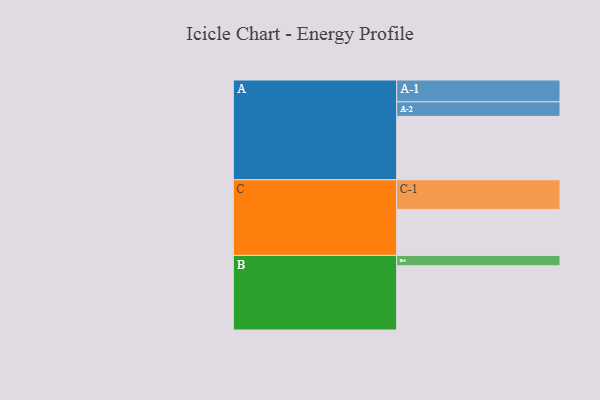
{"axis": {"x": "Segment", "y": "Value"}, "legend": ["", "A", "B", "C"], "data": [{"x": "A", "y": 549, "type": ""}, {"x": "B", "y": 556, "type": ""}, {"x": "C", "y": 398, "type": ""}, {"x": "A-1", "y": 189, "type": "A"}, {"x": "A-2", "y": 126, "type": "A"}, {"x": "B-1", "y": 90, "type": "B"}, {"x": "C-1", "y": 257, "type": "C"}]}